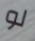
لو